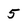
Character: 5